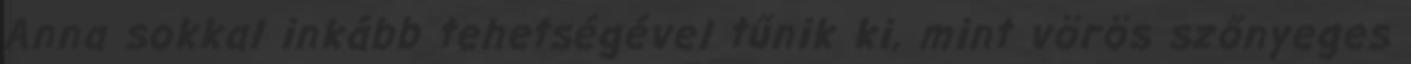
Anna sokkal inkább tehetségével tűnik ki, mint vörös szőnyeges